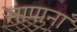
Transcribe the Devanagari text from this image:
मापाना